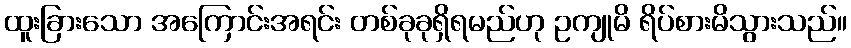
ထူးခြားသော အကြောင်းအရင်း တစ်ခုခုရှိရမည်ဟု ဥကျုမိ ရိပ်စားမိသွားသည်။